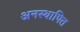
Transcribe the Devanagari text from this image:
अनस्थापित